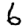
Digit: 6